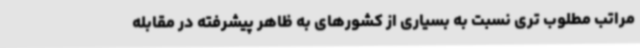
مراتب مطلوب تری نسبت به بسیاری از کشورهای به ظاهر پیشرفته در مقابله